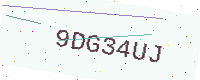
Text: 9DG34UJ